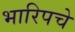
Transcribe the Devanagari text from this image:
भारिपचे